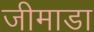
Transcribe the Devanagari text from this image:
जीमाडा